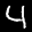
Label: 4